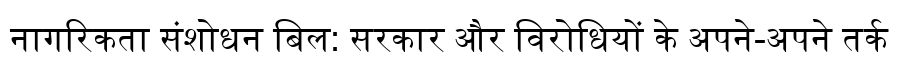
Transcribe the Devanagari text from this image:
नागरिकता संशोधन बिल: सरकार और विरोधियों के अपने-अपने तर्क